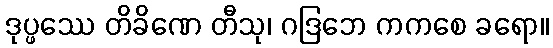
ဒုပ္ဖဿေ တိခိဏေ တီသု၊ ဂဒြဘေ ကကစေ ခရော။